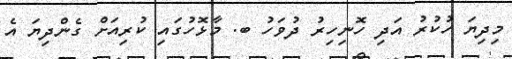
މިދިޔަ ހުކުރު އަދި ހޮނިހިރު ދުވަހު ބ. މާޅޮހުގައި ކުރިއަށް ގެންދިޔަ އެ